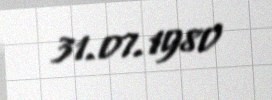
31.07.1980